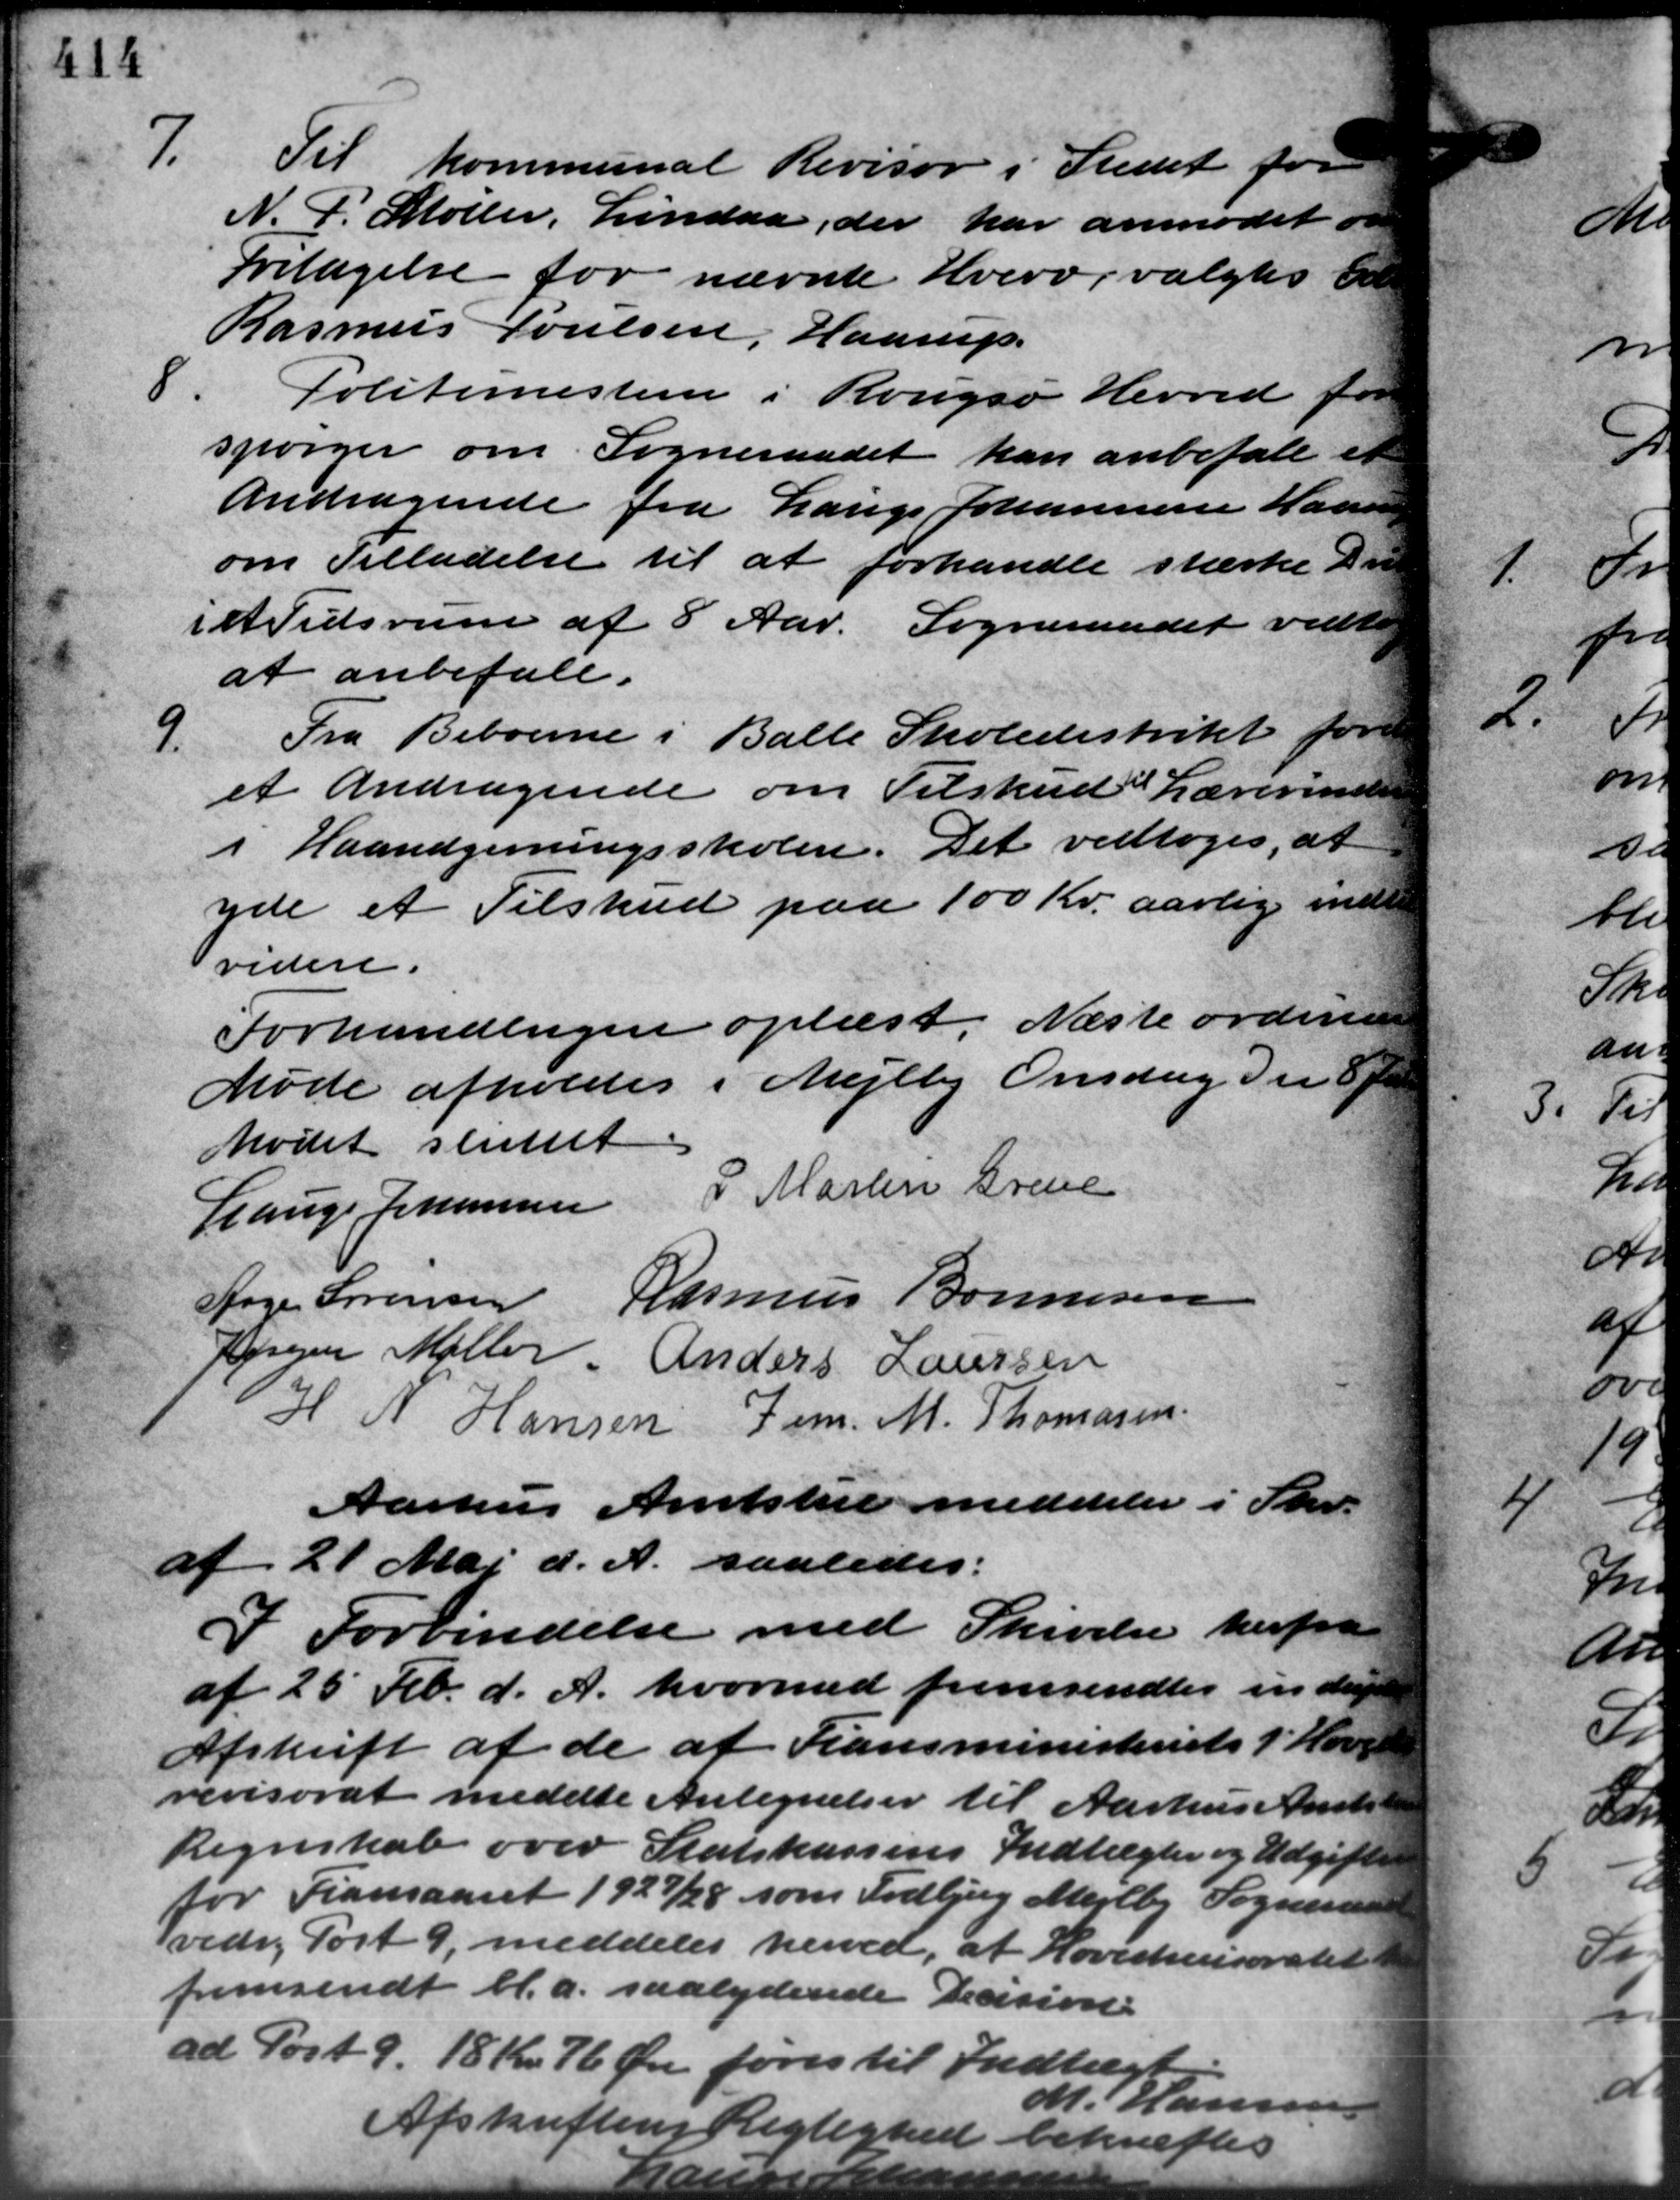
Transskription:
7.
Til kommunal Revisor i Stedet for
N. P. Møller, Lindaa, der har anmodet om
Fritagelse for nævnte Hverv valgtes d
Rasmus Poulsen, Haarup.
8.
Politimesteren i Rougsø Herred for
spørger om Sogneraadet kan anbefale et
Andragende fra Lauge Johannesen Haar
om Tilladelse til at forhandle stærke Der
i et Tidsrum af 8 Aar. Sogneraadet vedtog
at anbefale.
Fra Beboerne i Balle Skoledistrikt fore
et Andragende om Tilskud i Lærerinde
i Haandgerningsskolen. Det vedtoges, at
yde et Tilskud paa 100 Kr. aarlig inde
videre.
Forhandlingen oplæst. Næste ordinære
Møde afholdes i Mejlby Onsdag den 8 fr
Mødet sluttet
P. Martin Greve
Lauge Johannesen
Aage Sørensen Rasmus Bonnesen
Jørgen Møller Anders Laursen
H. N. Hansen Jens. M. Thomasen
Aarhus Amtstue meddeler i Skr.
af 21 Maj d. A. saaledes:
I Forbindelse med Skrivelse herfra
af 25 Feb. d. A. hvormed fremsendtes en den
Afskrift af de af Fiansministeriets i Hove
revisorat medde Antegnelser til Aarhus Amts-
Regnskab over Statskassens Indtægter og Udgifter
or Fransaaret 1927/28 som Todbjerg Mejlby Sogneraad
vedr. Port 9, meddeles herved, at Hovedevisoratet
fremsendt bl.a. saalydende Decision
ad Post 9. 18 Kr. 76 Øre føres til Indtægt
M. Hansen
Afskriftens Reglighed bekræftes
9.